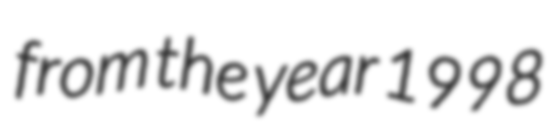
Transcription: from the year 1998